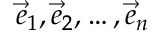
{ \vec { e } } _ { 1 } , { \vec { e } } _ { 2 } , \dots , { \vec { e } } _ { n }